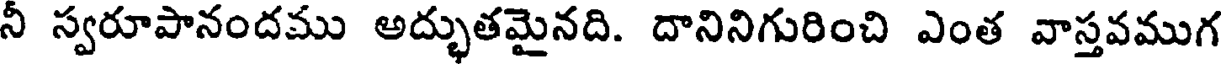
నీ స్వరూపానందము అద్భుతమైనది. దానినిగురించి ఎంత వాస్తవముగ